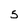
Character: 5